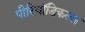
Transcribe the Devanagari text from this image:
पीरियॉडिकल्स